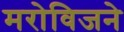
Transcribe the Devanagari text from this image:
मरोविजने